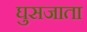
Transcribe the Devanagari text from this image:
घुसजाता